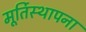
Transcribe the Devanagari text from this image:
मूर्तिस्थापना